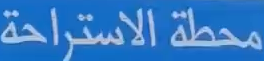
محطة الاستراحة